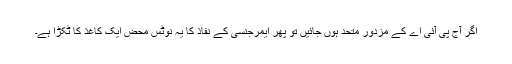
اگر آج پی آئی اے کے مزدور متحد ہوں جائیں تو پھر ایمرجنسی کے نفاذ کا یہ نوٹس محض ایک کاغذ کا ٹکڑا ہے۔